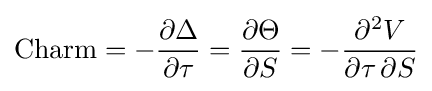
{\text{Charm}}=-{\frac {\partial \Delta }{\partial \tau }}={\frac {\partial \Theta }{\partial S}}=-{\frac {\partial ^{2}V}{\partial \tau \,\partial S}}